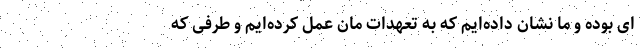
ای بوده و ما نشان داده‌ایم که به تعهدات مان عمل کرده‌ایم و طرفی که